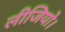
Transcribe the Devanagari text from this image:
लीजियो।